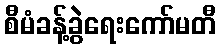
စီမံခန့်ခွဲရေးကော်မတီ